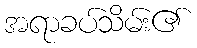
အရာခပ်သိမ်း၏